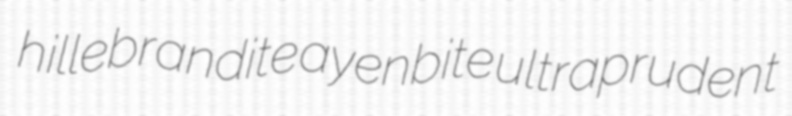
hillebrandite ayenbite ultraprudent